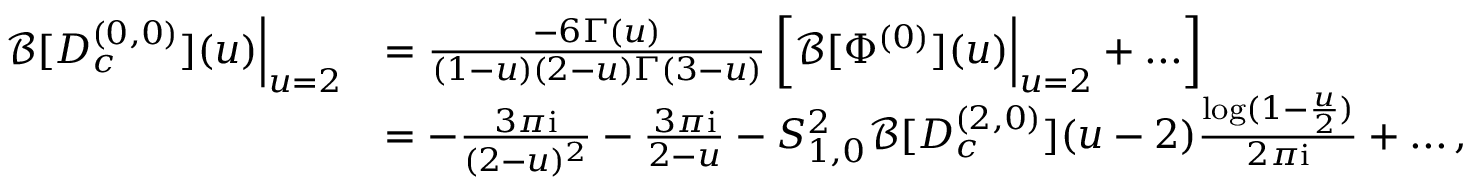
\begin{array} { r l } { \mathcal { B } [ D _ { c } ^ { ( 0 , 0 ) } ] ( u ) \Big | _ { u = 2 } } & { = \frac { - 6 \Gamma ( u ) } { ( 1 - u ) ( 2 - u ) \Gamma ( 3 - u ) } \left[ \mathcal { B } [ \Phi ^ { ( 0 ) } ] ( u ) \Big | _ { u = 2 } + . . . \right] } \\ & { = - \frac { 3 \pi \mathrm { i } } { ( 2 - u ) ^ { 2 } } - \frac { 3 \pi \mathrm { i } } { 2 - u } - S _ { 1 , 0 } ^ { 2 } \mathcal { B } [ D _ { c } ^ { ( 2 , 0 ) } ] ( u - 2 ) \frac { \log ( 1 - \frac { u } { 2 } ) } { 2 \pi \mathrm { i } } + . . . \, , } \end{array}